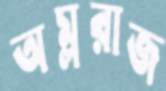
অম্লরাজ